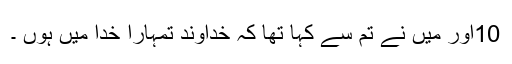
10اور مَیں نے تُم سے کہا تھا کہ خُداوند تُمہارا خُدا مَیں ہُوں ۔